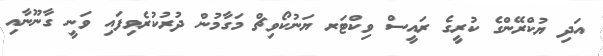
އަދި ޔުކްރޭންގެ ކުރީގެ ރައީސް ވިކްޓަރ ޔަނުކޯވިޗް މަގާމުން ދުރުކުރެވިފައި ވަނީ ގާނޫނާއި